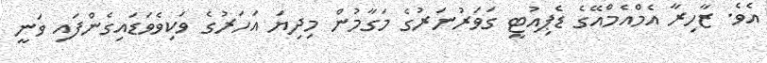
އެވެ. ޒާހިރާ އެމްއެމްއޭގެ ޑެޕިއުޓީ ގަވަރުނަރުގެ މަގާމުން މިދިޔަ އަހަރުގެ ވަކިވެވަޑައިގެންފައި ވަނީ